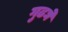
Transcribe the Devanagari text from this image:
गुढघे